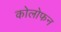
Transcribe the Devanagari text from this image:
कोलोफन